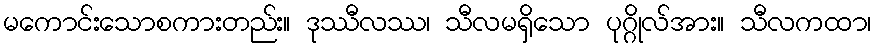
မကောင်းသောစကားတည်း။ ဒုဿီလဿ၊ သီလမရှိသော ပုဂ္ဂိုလ်အား။ သီလကထာ၊